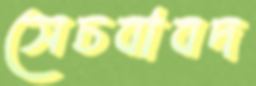
সেচবাবদ